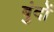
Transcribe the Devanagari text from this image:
बुंदों